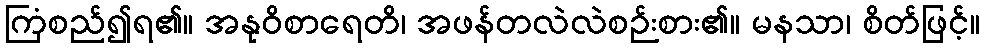
ကြံစည်၍ရ၏။ အနုဝိစာရေတိ၊ အဖန်တလဲလဲစဉ်းစား၏။ မနသာ၊ စိတ်ဖြင့်။